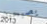
يصبحون